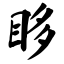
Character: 眵